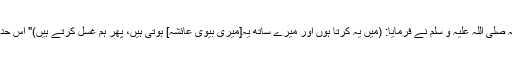
اور سیدہ عائشہ رضی اللہ عنہا بھی بیٹھی ہوئی تھیں تو رسول اللہ صلی اللہ علیہ و سلم نے فرمایا: (میں یہ کرتا ہوں اور میرے ساتھ یہ[میری بیوی عائشہ] ہوتی ہیں، پھر ہم غسل کرتے ہیں)" اس حدیث کو امام مسلم نے حدیث نمبر: (350) کے تحت بیان کیا ہے۔